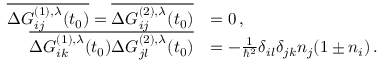
\begin{array} { r l } { \overline { { \Delta G _ { i j } ^ { ( 1 ) , \lambda } ( t _ { 0 } ) } } = \overline { { \Delta G _ { i j } ^ { ( 2 ) , \lambda } ( t _ { 0 } ) } } } & { = 0 \, , } \\ { \overline { { \Delta G _ { i k } ^ { ( 1 ) , \lambda } ( t _ { 0 } ) \Delta G _ { j l } ^ { ( 2 ) , \lambda } ( t _ { 0 } ) } } } & { = - \frac { 1 } { \hbar ^ { 2 } } \delta _ { i l } \delta _ { j k } n _ { j } ( 1 \pm n _ { i } ) \, . \quad } \end{array}